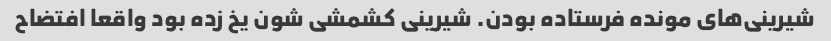
شیرینی‌های مونده فرستاده بودن. شیرینی کشمشی شون یخ زده بود واقعا افتضاح